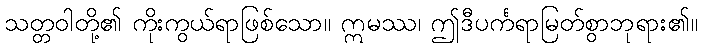
သတ္တဝါတို့၏ ကိုးကွယ်ရာဖြစ်သော။ ဣမဿ၊ ဤဒီပင်္ကရာမြတ်စွာဘုရား၏။